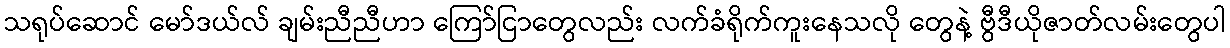
သရုပ်ဆောင် မော်ဒယ်လ် ချမ်းညီညီဟာ ကြော်ငြာတွေလည်း လက်ခံရိုက်ကူးနေသလို တွေနဲ့ ဗွီဒီယိုဇာတ်လမ်းတွေပါ